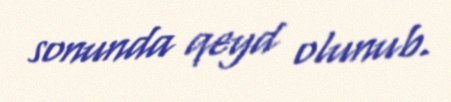
sonunda qeyd olunub.